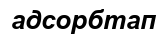
адсорбтап